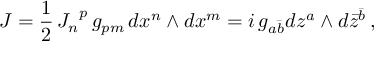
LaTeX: J = \frac 1 2 \, { J _ { n } } ^ { p } \, g _ { p m } \, d x ^ { n } \wedge d x ^ { m } = i \, g _ { a \bar { b } } d z ^ { a } \wedge d \bar { z } ^ { \bar { b } } \, ,